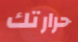
حرارتك